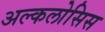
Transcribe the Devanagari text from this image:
अल्कलोसिस